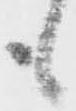
も